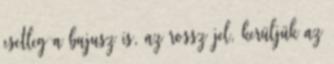
esetleg a bajusz is, az rossz jel, kerüljük az